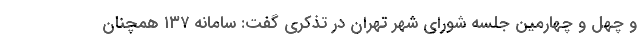
و چهل و چهارمین جلسه شورای شهر تهران در تذکری گفت: سامانه ۱۳۷ همچنان